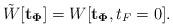
LaTeX: \begin{align*}\tilde{W}[{\bf t_\Phi}] = W[{\bf t_\Phi}, t_F = 0].\end{align*}